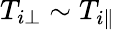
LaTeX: T_{i\perp}\sim T_{i\parallel}